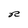
Character: R